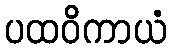
ပထဝိကာယံ